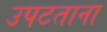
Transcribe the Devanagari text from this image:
उपटताना